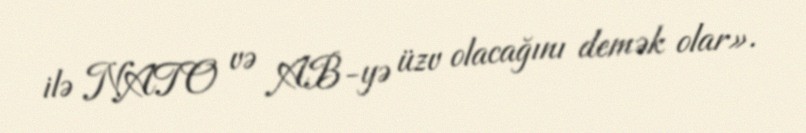
ilə NATO və AB-yə üzv olacağını demək olar».